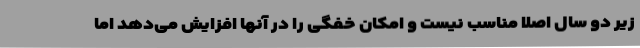
زیر دو سال اصلا مناسب نیست و امکان خفگی را در آنها افزایش می‌دهد اما